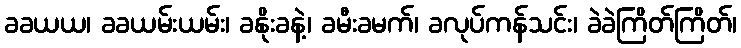
ခခယယ၊ ခခယမ်းယမ်း၊ ခနိုးခနဲ့၊ ခမီးခမက်၊ ခလုပ်ကန်သင်း၊ ခဲခဲကြိတ်ကြိတ်၊